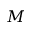
M